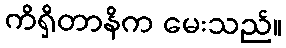
ကိရှိတာနိက မေးသည်။